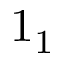
1 _ { 1 }